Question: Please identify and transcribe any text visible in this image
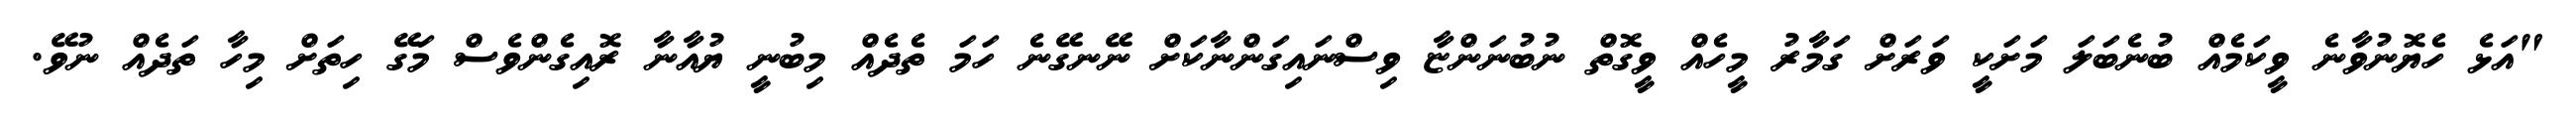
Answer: "އަޅެ ހެޔޮނުވާނެ ވީކަމެއް ބުނެބަލަ މަށަކީ ވަރަށް ގަމާރު މީހެއް ވީގޮތް ނުބުނަންޏާ ވިސްނައިގަންނާކަށް ނޭނގޭނެ ހަމަ ތެދެއް މިބުނީ ޔުއާނާ ރޮއިގެންވެސް މަގޭ ހިތަށް މިހާ ތަދެއް ނުވޭ.